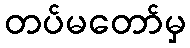
တပ်မတော်မှ